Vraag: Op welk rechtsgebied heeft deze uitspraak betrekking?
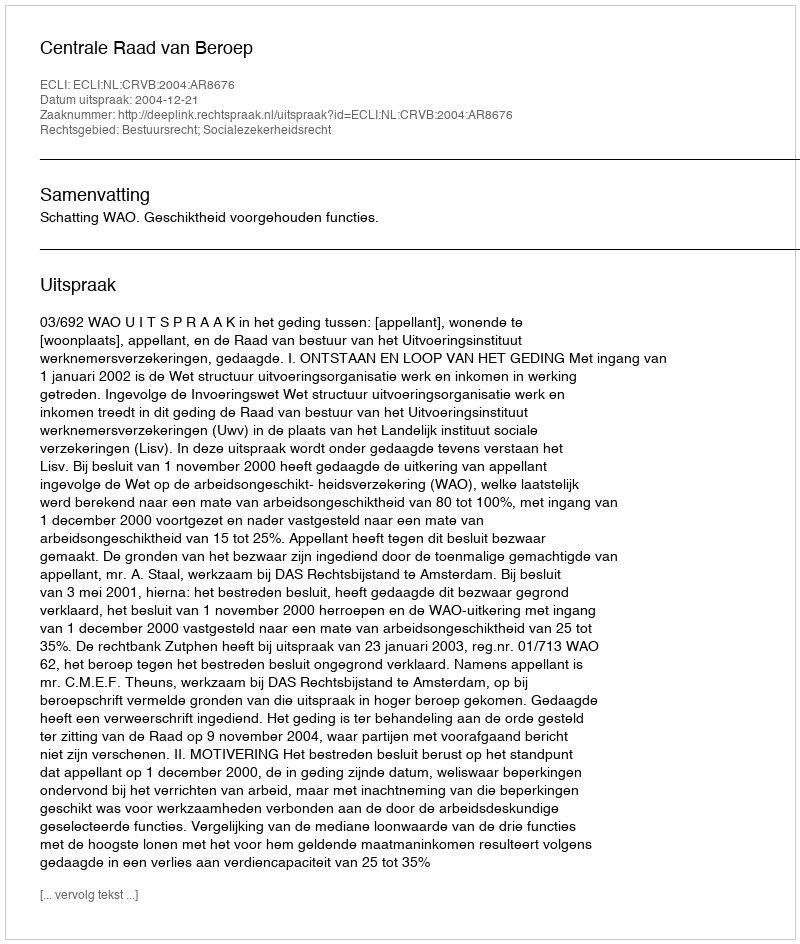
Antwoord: Bestuursrecht; Socialezekerheidsrecht